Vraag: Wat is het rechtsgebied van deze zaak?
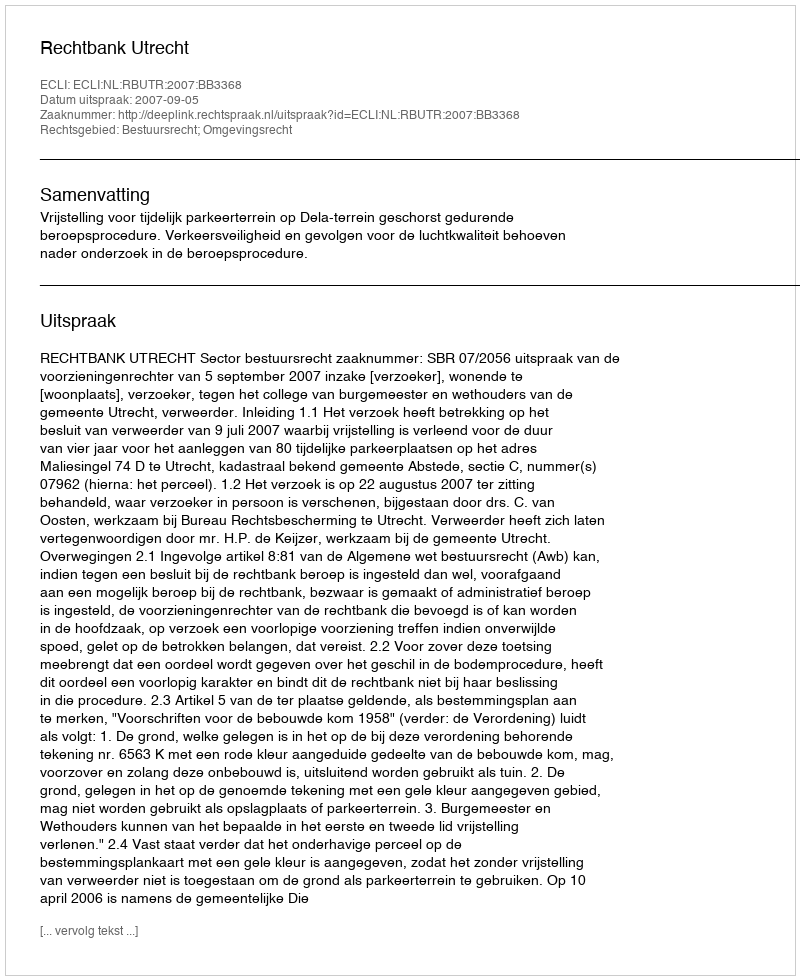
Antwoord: Bestuursrecht; Omgevingsrecht